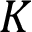
K